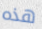
هذه